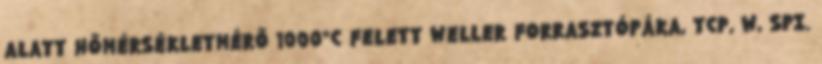
ALATT HŐMÉRSÉKLETMÉRŐ 1000°C FELETT WELLER FORRASZTÓPÁKA, TCP, W, SPI.